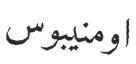
اومنيبوس